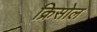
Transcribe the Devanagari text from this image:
क्रिसोल